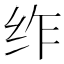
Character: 𮉣